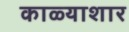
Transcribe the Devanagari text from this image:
काळ्याशार